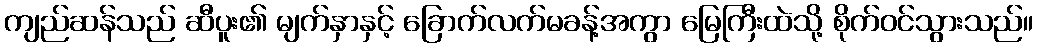
ကျည်ဆန်သည် ဆီပူး၏ မျက်နှာနှင့် ခြောက်လက်မခန့်အကွာ မြေကြီးထဲသို့ စိုက်ဝင်သွားသည်။